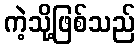
ကဲ့သို့ဖြစ်သည်